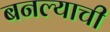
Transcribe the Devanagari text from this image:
बनल्याची